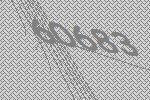
60683